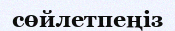
сөйлетпеңіз